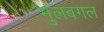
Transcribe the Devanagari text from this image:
मुलबगल